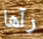
رآها